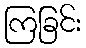
ကြခြင်း